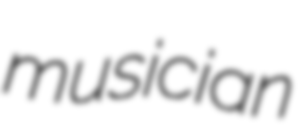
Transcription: musician